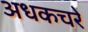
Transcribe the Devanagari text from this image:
अधकचरे